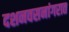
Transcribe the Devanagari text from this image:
दशनवसनांगरात